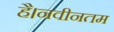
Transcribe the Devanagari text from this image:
है।नवीनतम